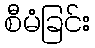
စီမံခြင်း